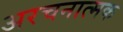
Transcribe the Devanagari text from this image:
अरचनात्मक